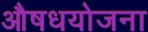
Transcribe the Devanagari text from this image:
औषधयोजना